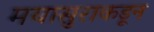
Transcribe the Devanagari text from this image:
मयासुराकडून